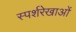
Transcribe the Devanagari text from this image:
स्पर्शरेखाओं